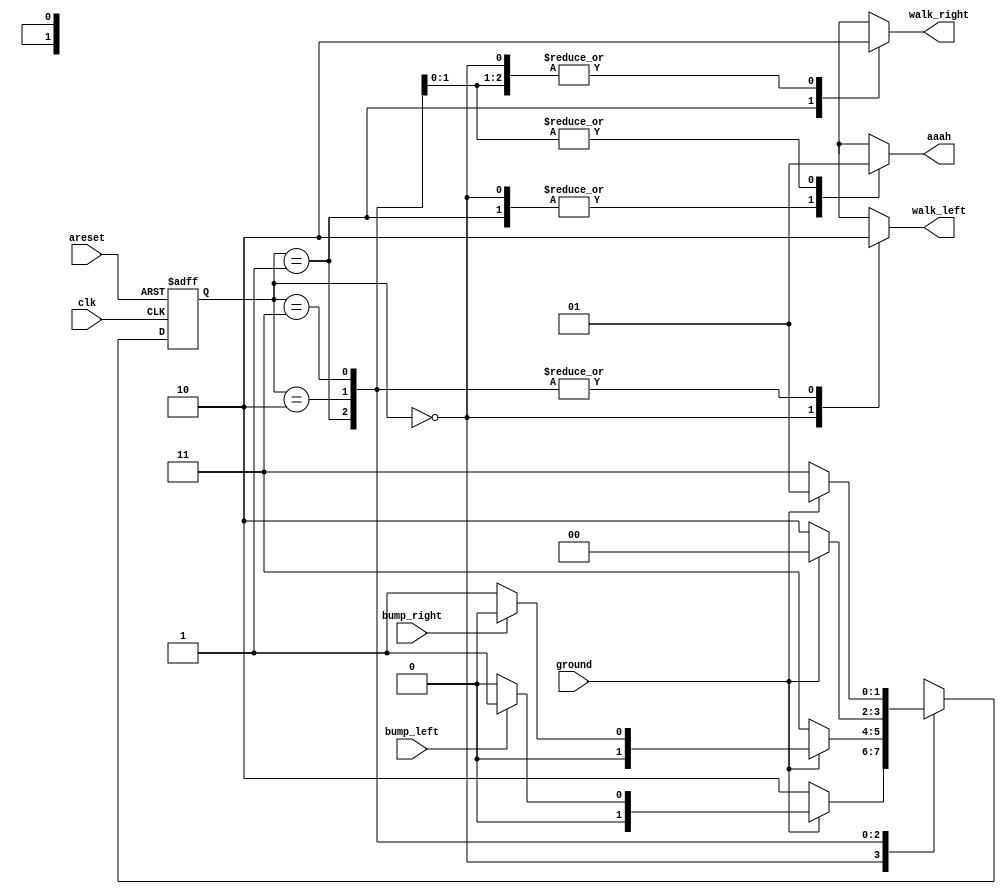
module top_module(
    input clk,
    input areset,    // Freshly brainwashed Lemmings walk left.
    input bump_left,
    input bump_right,
    input ground,
    output walk_left,
    output walk_right,
    output aaah );
    
    localparam LEFT = 2'd0, RIGHT = 2'd1, FALL_L = 2'd2, FALL_R = 2'd3;
    
    reg [1:0] state, next_state;
    
    always @(*) begin
        case(state)
            LEFT: begin
                if(!ground) next_state = FALL_L;
                else if(bump_left) next_state = RIGHT;
                else next_state = LEFT;
            end
            RIGHT: begin
                if(!ground) next_state = FALL_R;
                else if(bump_right) next_state = LEFT;
                else next_state = RIGHT;
            end
            FALL_L: begin
                if(ground) next_state = LEFT;
                else next_state = FALL_L;
            end
            FALL_R: begin
                if(ground) next_state = RIGHT;
                else next_state = FALL_R;
            end
        endcase
    end
    
    always @(posedge clk or posedge areset) begin
        if(areset) state <= LEFT;
        else if(clk) state <= next_state;
    end
    
    always @(*) begin
        case(state)
            LEFT: begin
                walk_left = 1'b1;
                walk_right = 1'b0;
                aaah = 1'b0;
            end
            RIGHT: begin
                walk_left = 1'b0;
                walk_right = 1'b1;
                aaah = 1'b0;
            end
            FALL_L: begin
                walk_left = 1'b0;
                walk_right = 1'b0;
                aaah = 1'b1;
            end
            FALL_R: begin
                walk_left = 1'b0;
                walk_right = 1'b0;
                aaah = 1'b1;
            end
        endcase
    end
	
endmodule